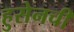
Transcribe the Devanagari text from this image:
हुसेनची